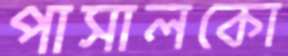
পাসালকো